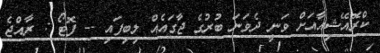
ކްރޮއޭޝިއާއަށް ވަނީ ދެވަނަ ބުރުގެ ޖާގައެއް ލިބިފައި -- ފޮޓޯ : ރާއްޖެ